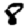
Digit: 8